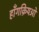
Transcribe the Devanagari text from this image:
हॉंगक़ियओ